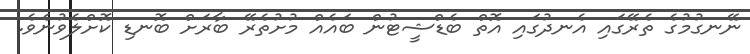
ނޭނގުމުގެ ތެރޭގައި އެނދުގައި އޮތް ބެޑްޝީޓުން ބައެއް މުށުތެރޭ ބާރަށް ބޮނޑި ކޮށްލެވުނެވެ.